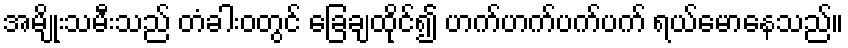
အမျိုးသမီးသည် တံခါးဝတွင် ခြေချထိုင်၍ ဟက်ဟက်ပက်ပက် ရယ်မောနေသည်။